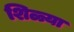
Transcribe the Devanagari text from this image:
शिळ्या